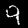
Label: 9